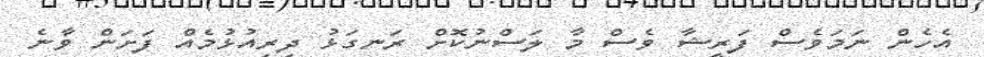
އެހެން ނަމަވެސް ފަރީޝާ ވެސް މާ ލަސްނުކޮށް ރަނގަޅު ދިރިއުޅުމެއް ފަށަން ވާނެ